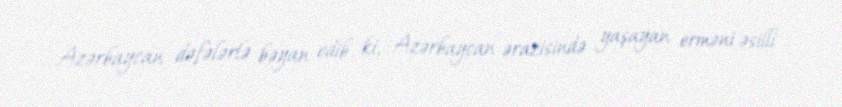
Azərbaycan dəfələrlə bəyan edib ki, Azərbaycan ərazisində yaşayan erməni əsilli